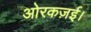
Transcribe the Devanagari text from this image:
ओरकज़ई।